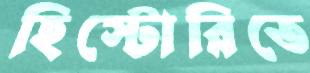
হিস্টোরিতে